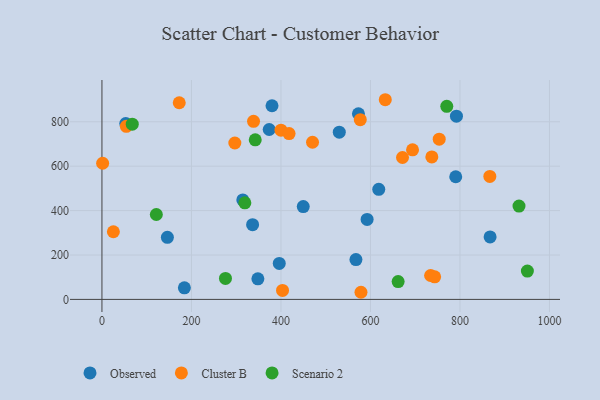
{"axis": {"x": "Speed", "y": "Yield"}, "legend": ["Cluster B", "Observed", "Scenario 2"], "data": [{"x": "449.8", "y": 418.2, "type": "Observed"}, {"x": "184.2", "y": 52.0, "type": "Observed"}, {"x": "336.6", "y": 336.6, "type": "Observed"}, {"x": "146.2", "y": 279.4, "type": "Observed"}, {"x": "53.2", "y": 792.0, "type": "Observed"}, {"x": "790.5", "y": 552.5, "type": "Observed"}, {"x": "314.7", "y": 448.0, "type": "Observed"}, {"x": "348.4", "y": 92.7, "type": "Observed"}, {"x": "530.3", "y": 753.1, "type": "Observed"}, {"x": "573.1", "y": 836.1, "type": "Observed"}, {"x": "380.0", "y": 872.2, "type": "Observed"}, {"x": "567.5", "y": 179.3, "type": "Observed"}, {"x": "396.2", "y": 162.0, "type": "Observed"}, {"x": "373.7", "y": 765.3, "type": "Observed"}, {"x": "792.1", "y": 825.4, "type": "Observed"}, {"x": "592.5", "y": 360.2, "type": "Observed"}, {"x": "867.3", "y": 281.2, "type": "Observed"}, {"x": "618.5", "y": 495.9, "type": "Observed"}, {"x": "734.4", "y": 107.7, "type": "Cluster B"}, {"x": "403.5", "y": 40.6, "type": "Cluster B"}, {"x": "1.5", "y": 613.3, "type": "Cluster B"}, {"x": "737.1", "y": 641.5, "type": "Cluster B"}, {"x": "694.0", "y": 673.8, "type": "Cluster B"}, {"x": "296.9", "y": 704.4, "type": "Cluster B"}, {"x": "743.4", "y": 101.8, "type": "Cluster B"}, {"x": "172.7", "y": 885.7, "type": "Cluster B"}, {"x": "577.2", "y": 809.6, "type": "Cluster B"}, {"x": "25.5", "y": 304.8, "type": "Cluster B"}, {"x": "671.6", "y": 639.0, "type": "Cluster B"}, {"x": "578.8", "y": 32.1, "type": "Cluster B"}, {"x": "400.1", "y": 762.0, "type": "Cluster B"}, {"x": "753.6", "y": 721.5, "type": "Cluster B"}, {"x": "338.7", "y": 801.8, "type": "Cluster B"}, {"x": "54.5", "y": 779.5, "type": "Cluster B"}, {"x": "866.7", "y": 554.0, "type": "Cluster B"}, {"x": "418.1", "y": 747.0, "type": "Cluster B"}, {"x": "633.1", "y": 899.3, "type": "Cluster B"}, {"x": "470.5", "y": 707.8, "type": "Cluster B"}, {"x": "661.8", "y": 80.4, "type": "Scenario 2"}, {"x": "121.5", "y": 382.4, "type": "Scenario 2"}, {"x": "931.9", "y": 420.1, "type": "Scenario 2"}, {"x": "276.0", "y": 94.5, "type": "Scenario 2"}, {"x": "319.3", "y": 434.9, "type": "Scenario 2"}, {"x": "770.5", "y": 869.4, "type": "Scenario 2"}, {"x": "950.6", "y": 127.5, "type": "Scenario 2"}, {"x": "342.5", "y": 718.8, "type": "Scenario 2"}, {"x": "67.7", "y": 789.2, "type": "Scenario 2"}]}